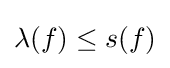
\lambda (f)\leq s(f)